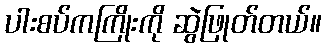
ပါးစပ်ကကြိုးကို ဆွဲဖြုတ်တယ်။